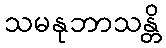
သမနုဘာသန္တိ